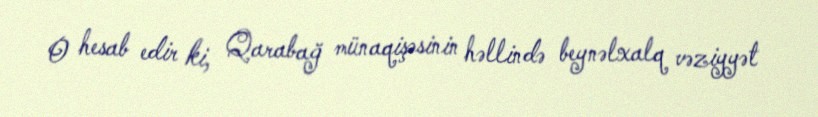
O hesab edir ki, Qarabağ münaqişəsinin həllində beynəlxalq vəziyyət